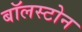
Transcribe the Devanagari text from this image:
बॉलस्टोन